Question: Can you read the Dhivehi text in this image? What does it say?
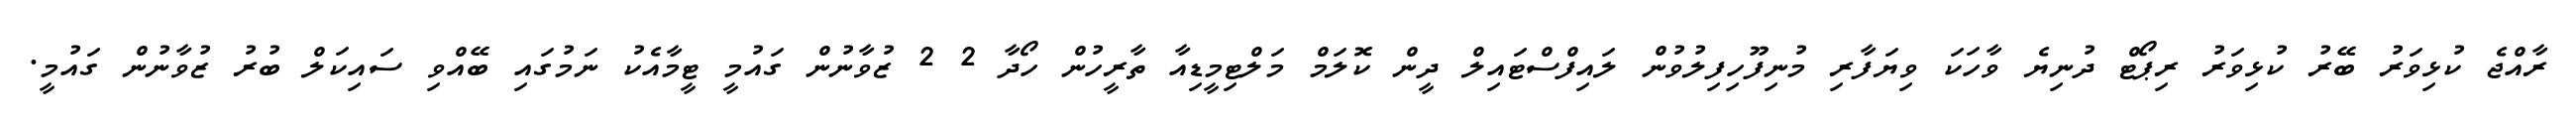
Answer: ރާއްޖެ ކުޅިވަރު ބޭރު ކުޅިވަރު ރިޕޯޓް ދުނިޔެ ވާހަކަ ވިޔަފާރި މުނިފޫހިފިލުވުން ލައިފްސްޓައިލް ދީން ކޮލަމް މަލްޓިމީޑިއާ ތާރީހުން ހޯދާ 2 2 ޒުވާނުން ގައުމީ ޓީމާއެކު ނަމުގައި ބޭއްވި ސައިކަލް ބުރު ޒުވާނުން ގައުމީ.